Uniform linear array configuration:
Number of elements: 4
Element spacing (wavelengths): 1
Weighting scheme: hann
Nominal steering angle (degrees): -15
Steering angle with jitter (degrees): -15.529
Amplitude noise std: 0.05
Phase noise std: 0.05

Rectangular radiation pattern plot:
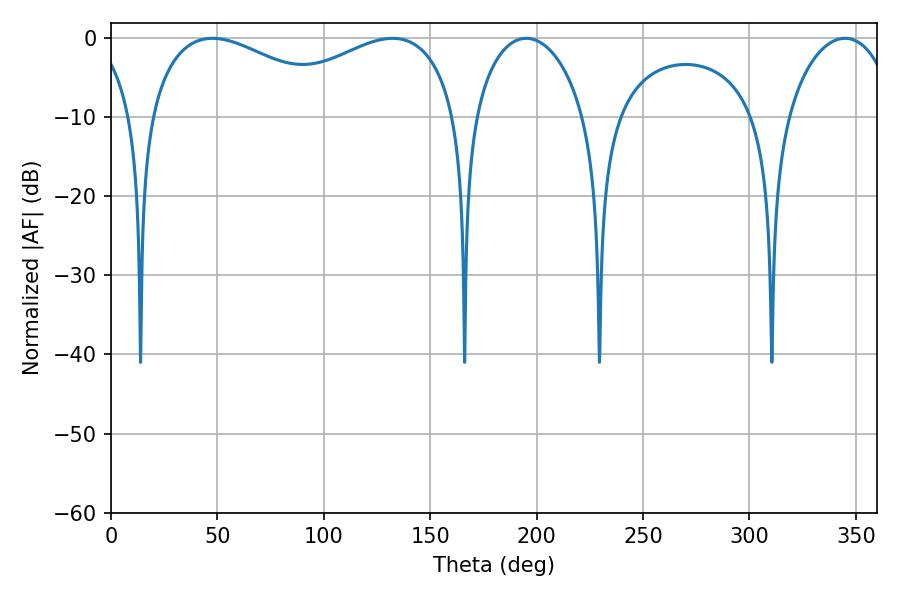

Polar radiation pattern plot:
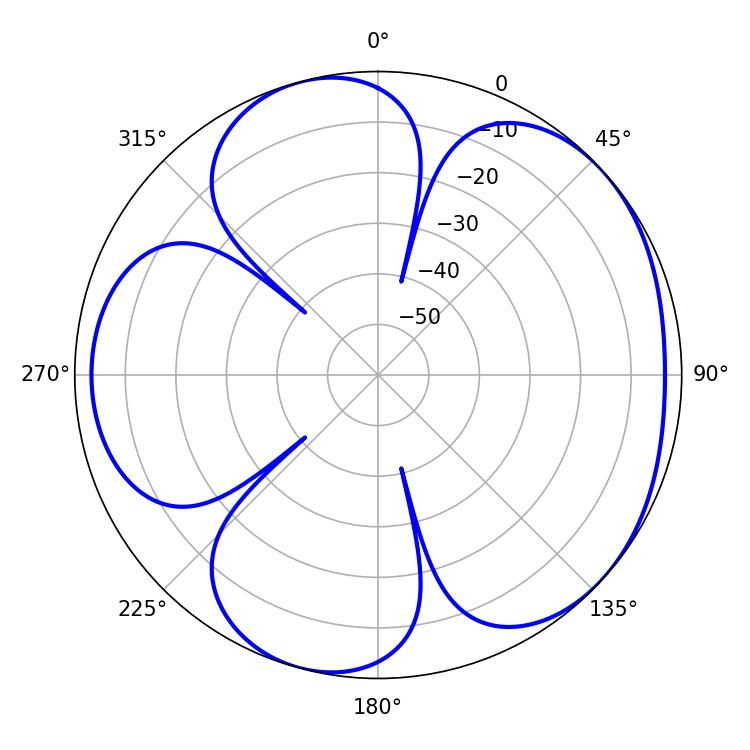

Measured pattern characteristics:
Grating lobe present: TRUE
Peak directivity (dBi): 4.777
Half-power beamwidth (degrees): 52.2
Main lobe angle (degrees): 47.7